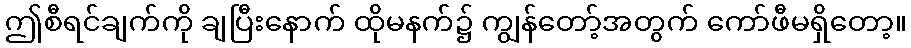
ဤစီရင်ချက်ကို ချပြီးနောက် ထိုမနက်၌ ကျွန်တော့်အတွက် ကော်ဖီမရှိတော့။